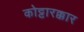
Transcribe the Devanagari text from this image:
कोट्टारक्कार